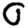
Digit: 0